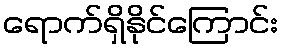
ရောက်ရှိနိုင်ကြောင်း